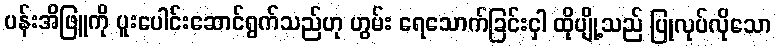
ပန်းအိဖြူကို ပူးပေါင်းဆောင်ရွက်သည်ဟု ဟွမ်း ရေသောက်ခြင်းငှါ ထိုပျို့သည် ပြုလုပ်လိုသော